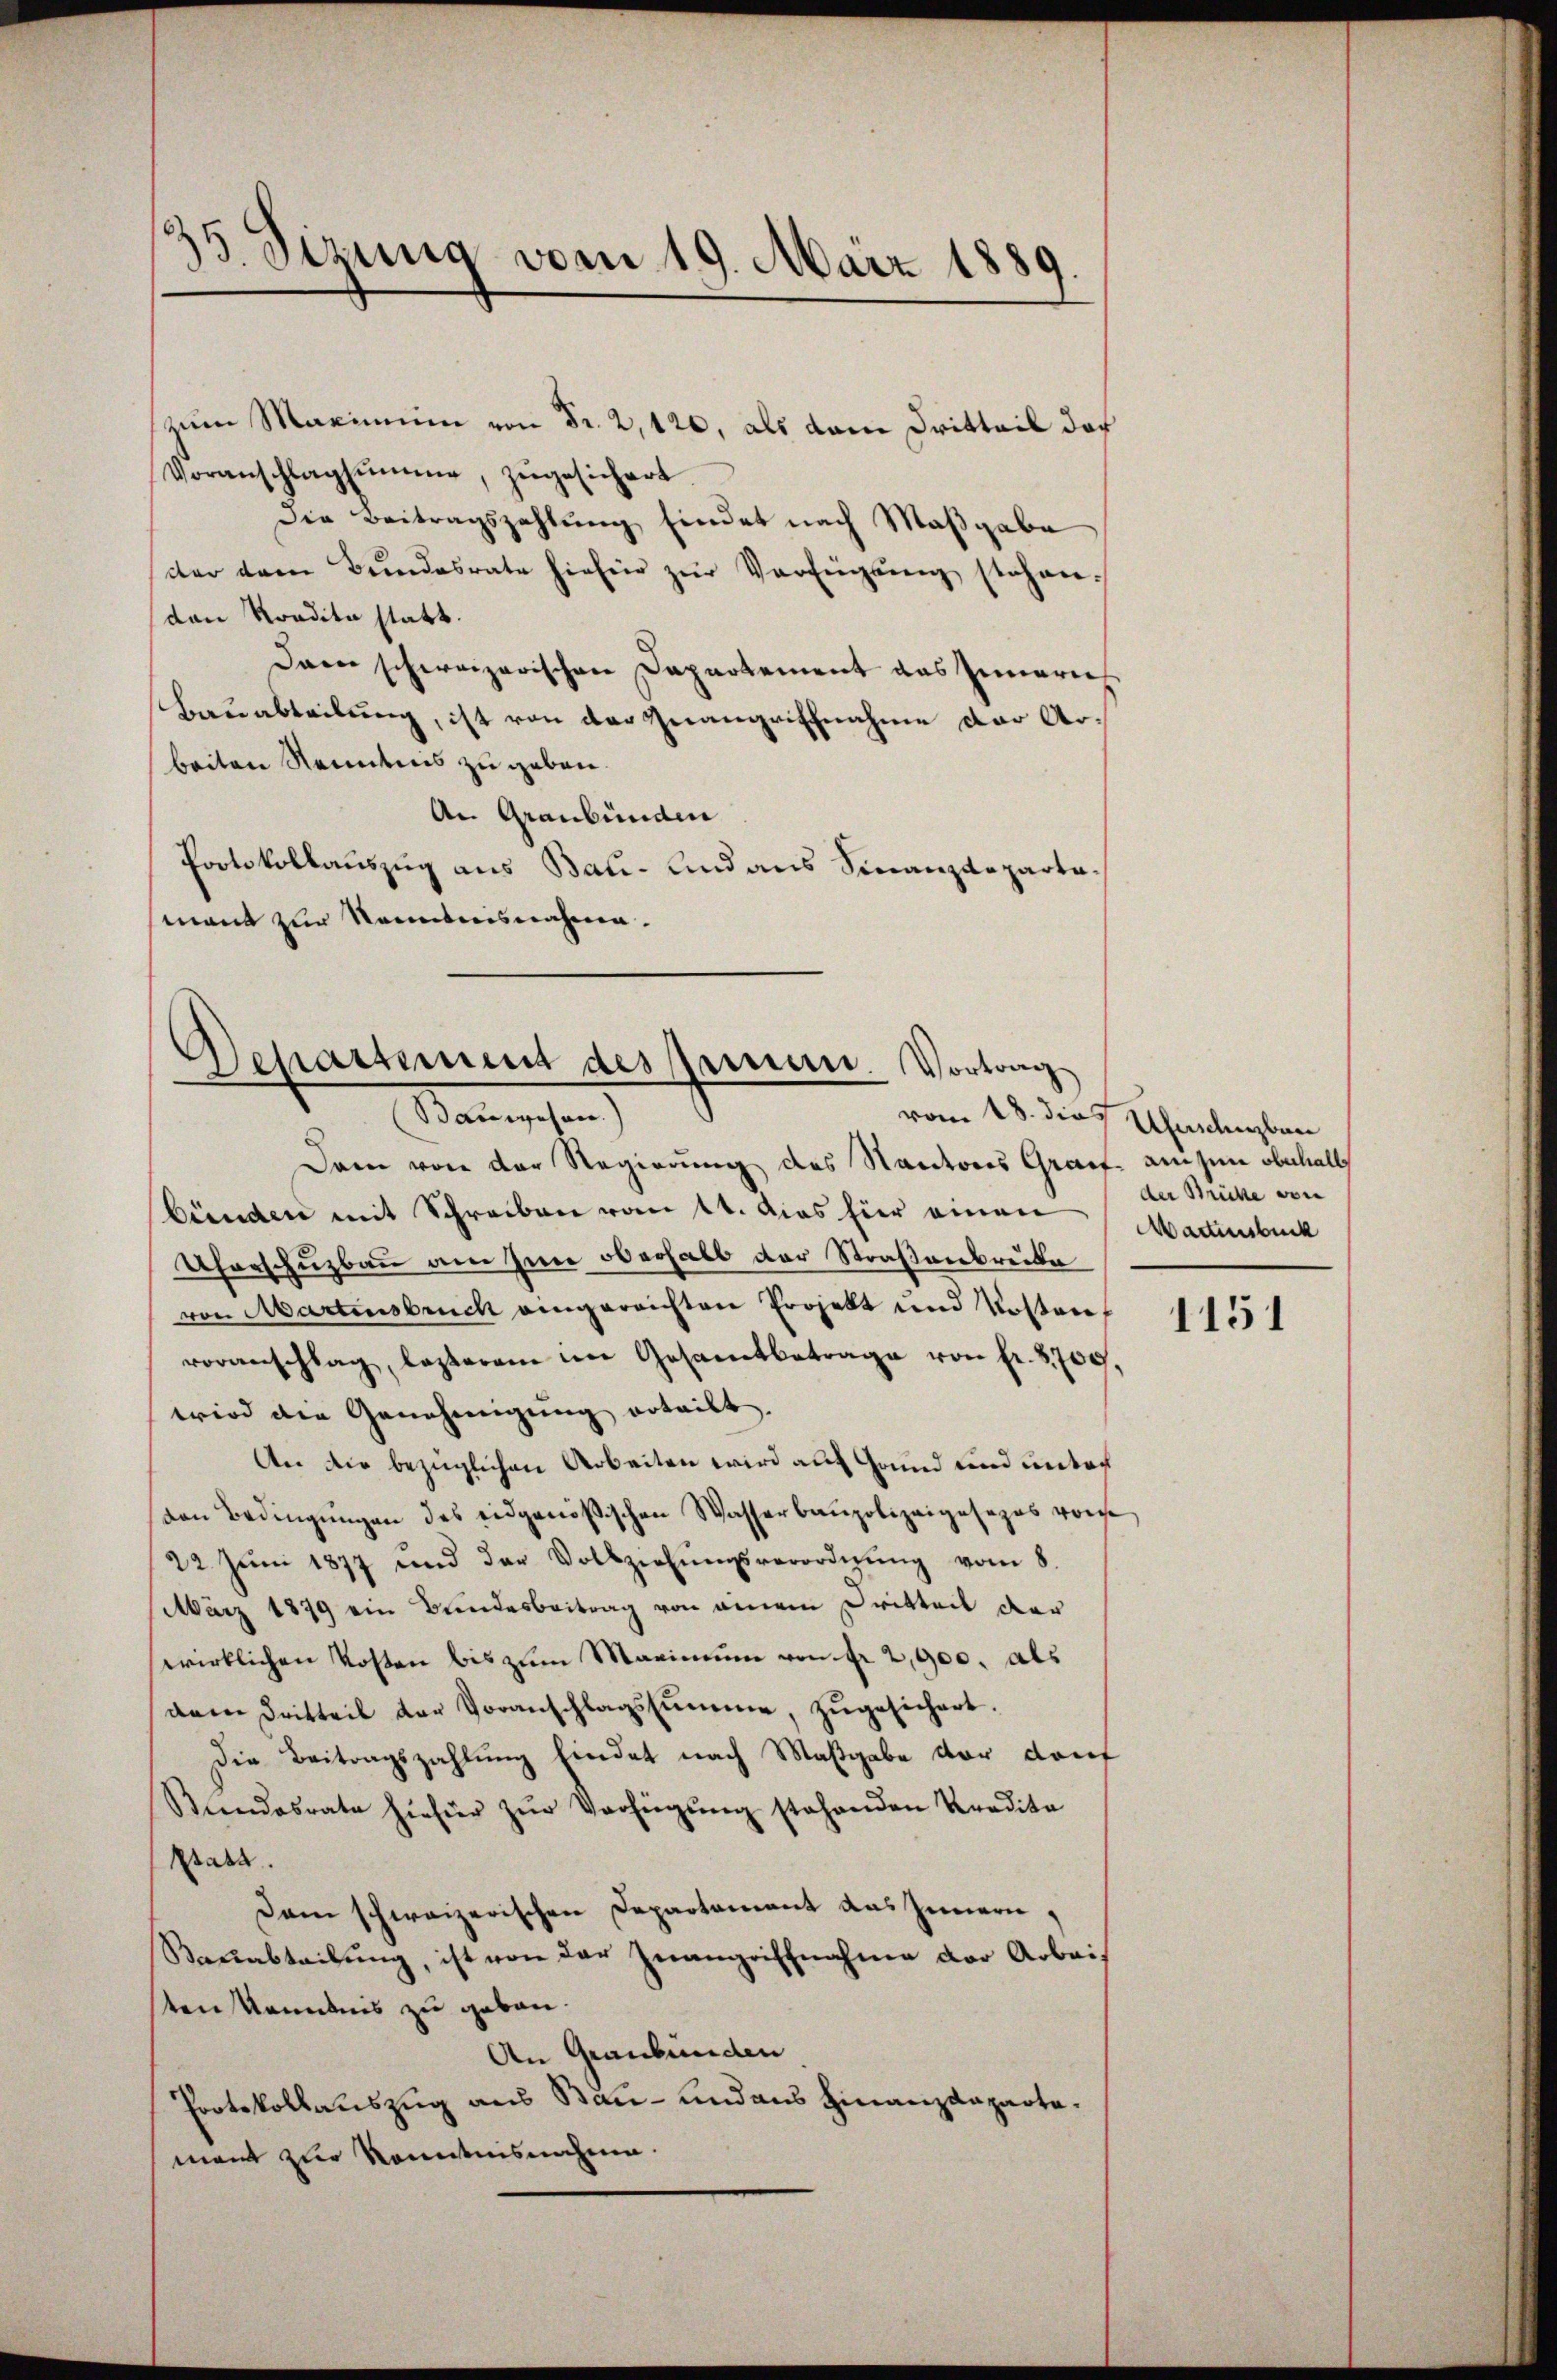
13. Sizung vom 19. März 1889.

zum Maximum von Fr. 2, 120, als dem Dritteil doch
Voranschlagsumme, zŭgesichert.
die Beitragszahlung findet nach Maßgabe
dter dem Bŭndesrate hiefür zŭr Verfügŭng stehen.
den Kondita statt.
Dann schweizerischen Departement das Inneres
Bauabteilung, ist von der Zuangriffnahme der Arbeiten Nenntnis zu geben.
An Graubünden
Portokollauszug aus Bau- und aus Finanzdepartamann zur Kenntnisnahme.

Departement dessenern. Vortrag
Mannischen

Dann von der Regierung des Nantores Graf anzen oberhalb
bünden mit Schreiben vom 14. das für einen Martensbuck
Uferschuzbau am seine oberhalb der Straßenbrüte
von Martensbruch eingereichten Projekt und Kosten
voranschlag, lasterem im Gesamtbetrage von Fr. 2,700,
wird die Genehmigung erteilt.
An die bezüglichen Arbeiten wird auf Grund und unter
(von Bedingŭngen des eidgenößischen Wasserbaupolizeiposapas vorst
22. Jŭni 1877 und der Vollziehŭngsverordnŭng vom 8.
März 1899 ein Bundesbeitrag von einem Dritteil der
wirklichen Kosten bis zum Maximum von fr 2,900. als
dam dritteil der Voranschlagssumme, zŭgesichert.
Die Beitragszahlung Eindet nach Maßgabe der Kauf
Bundesrate hiefür zŭr Verfügŭng stehenden Kredita
Ptata.
Dam schweizerischen Departament das Innern,
Bauabteilung, ist von der Inangriffnahme der Arbeiten Kenntnis zu geben.
An Graubünden
Protokollauszug aus Bau- und aus Finanzdepartemant zur Romitnisnahme.

vom 18. die Uferschieben
der Brücke von

1151